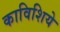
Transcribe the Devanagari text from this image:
काविशिये